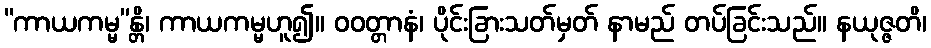
“ကာယကမ္မ”န္တိ၊ ကာယကမ္မဟူ၍။ ဝဝတ္တာနံ၊ ပိုင်းခြားသတ်မှတ် နာမည် တပ်ခြင်းသည်။ နယုဇ္ဇတိ၊